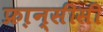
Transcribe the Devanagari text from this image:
फ्रा़न्सीसी